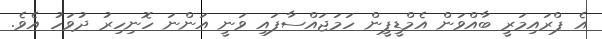
އެ ޕްރައިމަރީ ބާއްވަން އެމްޑީޕީން ހަމަޖައްސާފައި ވަނީ އަންނަ ހޮނިހިރު ދުވަހު އެވެ.